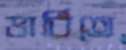
ভাবিতে